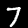
Label: 7